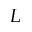
L